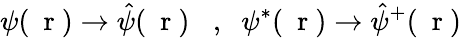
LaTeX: \psi(\mathrm{~\mathbf~r~})\to\hat{\psi}(\mathrm{~\mathbf~r~})\; \; \; ,\; \; \psi^{*}(\mathrm{~\mathbf~r~})\to\hat{\psi}^{+}(\mathrm{~\mathbf~r~})